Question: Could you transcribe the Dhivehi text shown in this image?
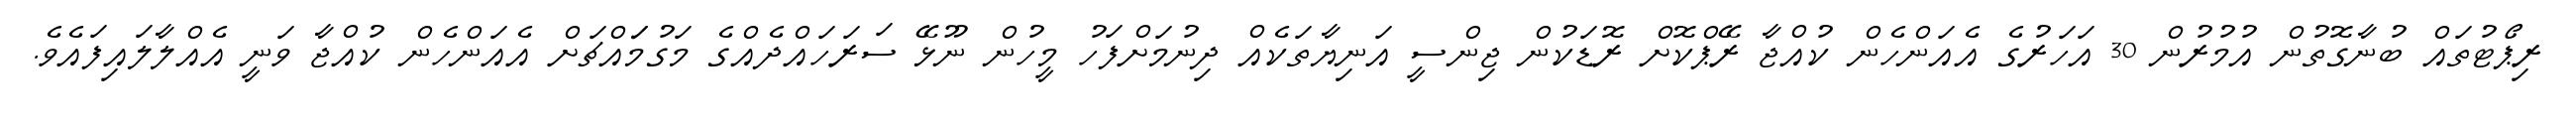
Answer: ރިޕޯޓުތައް ބުނާގޮތުން އުމުރުން 30 އަހަރުގެ އެއަންހެން ކުއްޖާ ރޭޕްކޮށް ރޮޑަކުން ޖިންސީ އަނިޔާތަކެއް ދިނުމަށްފަހު މީހުން ނޫޅޭ ސަރަހައްދެއްގެ މަގުމަައްޗަށް އެއަންހެން ކުއްޖާ ވަނީ އެއްލާލައިފައެވެ.